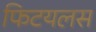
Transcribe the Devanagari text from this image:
फिटयलस